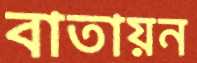
বাতায়ন